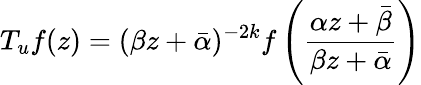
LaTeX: T_{u}f(z)=(\beta z+\bar{\alpha})^{-2k}f\left(\frac{\alpha z+\bar{\beta}}{\beta z+\bar{\alpha}}\right)